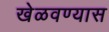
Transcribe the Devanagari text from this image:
खेळवण्यास